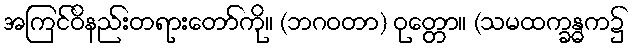
အကြင်ဝိနည်းတရားတော်ကို။ (ဘဂဝတာ) ဝုတ္တော။ (သမထက္ခန္ဓက၌